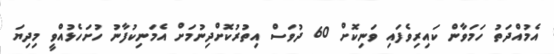
އެމުއްދަތު ހަމަވާން ކައިރިވެފައި ވަނިކޮށް 60 ދުވަސް އިތުރުކޮށްދިނުމަށް އެމަނިކުފާނު ހުށަހެޅުއްވީ މިދިޔަ